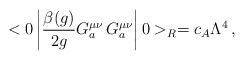
\begin{align*}<0 \left| \frac{\beta(g)}{2 g} G^{\mu \nu}_{a} \, G^{\mu \nu}_{a}\right|0>_{R}= c_{A} \Lambda^{4} \, ,\end{align*}